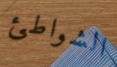
الشواطئ